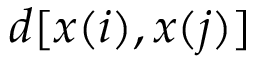
d [ x ( i ) , x ( j ) ]